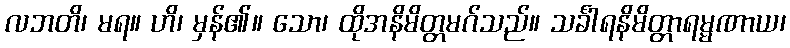
လဘတိ၊ မရ။ ဟိ၊ မှန်၏။ သော၊ ထိုအနိမိတ္တမဂ်သည်။ သင်္ခါရနိမိတ္တာရမ္မဏာယ၊